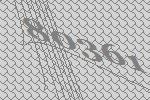
80361